Report on vaccination in Madras 1922-1929 - 1922-1929
Year: 1922
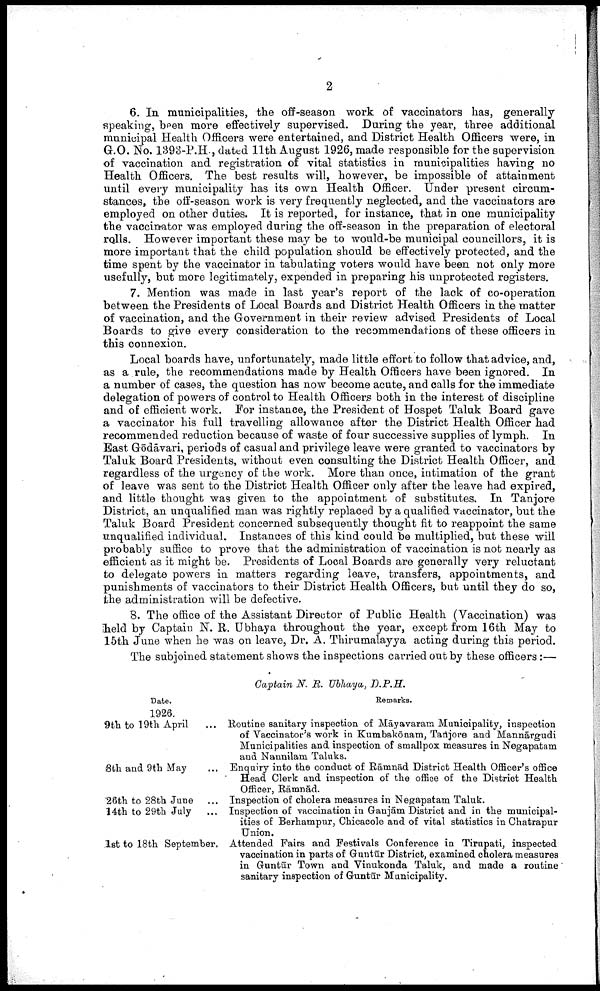
2
6. In municipalities, the off-season work of vaccinators has, generally
speaking, been more effectively supervised. During the year, three additional
municipal Health Officers were entertained, and District Health Officers were, in
G.O. No. 1393-P.H., dated 11th August 1926, made responsible for the supervision
of vaccination and registration of vital statistics in municipalities having no
Health Officers. The best results will, however, be impossible of attainment
until every municipality has its own Health Officer. Under present circum
stances, the off-season work is very frequently neglected, and the vaccinators are
employed on other duties. It is reported, for instance, that in one municipality
the vaccinator was employed during the off-season in the preparation of electoral
rolls. However important these may be to would-be municipal councillors, it is
more importaut that the child population should be effectively protected, and the
time spent by the vaccinator in tabulating voters would have been not only more
usefully, but more legitimately, expended in preparing his unprotected registers.
7. Mention was made in last year's report of the lack of co-operation
between the Presidents of Local Boards and District Health Officers in the matter
of vaccination, and the Government in their review advised Presidents of Local
Boards to give every consideration to the recommendations of these officers in
this connexion.
Local boards have, unfortunately, made little effort to follow that advice, and,
as a rule, the recommendations made by Health Officers have been ignored. In
a number of cases, the question has now become acute, and calls for the immediate
delegation of powers of control to Health Officers both in the interest of discipline
and of efficient work. For instance, the President of Hospet Taluk Board gave
a vaccinator his full travelling allowance after the District Health Officer had
recommended reduction because of waste of four successive supplies of lymph. In
Bast Gōdāvari, periods of casual and privilege leave were granted to vaccinators by
Taluk Board Presidents, without even consulting the District Health Officer, and
regardless of the urgency of the work. More than once, intimation of the grant
of leave was sent to the District Health Officer only after the leave had expired,
and little thought was given to the appointment of substitutes. In Tanjore
District, an unqualified man was rightly replaced by a qualified vaccinator, but the
Taluk Board President concerned subsequently thought fit to reappoint the same
unqualified individual. Instances of this kind could be multiplied, but these will
probably suffice to prove that the administration of vaccination is not nearly as
efficient as it might be. Presidents of Local Boards are generally very reluctant
to delegate powers in matters regarding leave, transfers, appointments, and
punishments of vaccinators to their District Health Officers, but until they do so,
the administration will be defective.
8. The office of the Assistant Director of Public Health (Vaccination) was
held by Captain N. R. Ubhaya throughout the year, except from 16th May to
15th June when he was on leave, Dr. A. Thirumalayya acting during this period.
The subjoined statement shows the inspections carried out by these officers:—
Captain N. R. Ubhaya, D.P.H.
Date.
1926.
9th to 19th April
8th and 9th May
26th to 28th June
...
14th to 29th July
...
1st to 18th September.
Remarks.
Routine sanitary inspection of Māyavaram Municipality, inspection
of Vaccinator's work in Kumbakōnam, Tatijore and Mannārgudi
Municipalities and inspection of smallpox measures in Negapatam
and Nannilam Taluks.
Enquiry into the conduct of Rāmnād District Health Officer's office
Head Clerk and inspection of the office of the District Health
Officer, Rāmnād.
Inspection of cholera measures in Negapatam Taluk.
Inspection of vaccination in Ganjām District and in the municipal
ities of Berhampur, Chicacole and of vital statistics in Chatrapur
Union.
Attended Pairs and Festivals Conference in Tirupati, inspected
vaccination in parts of Guntūr District, examined cholera measures
in Guntūr Town and Vinukonda Taluk, and made a routine
sanitary inspection of Guntūr Municipality.